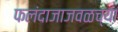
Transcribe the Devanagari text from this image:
फलंदाजाजवळच्या